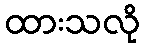
ထားသလို